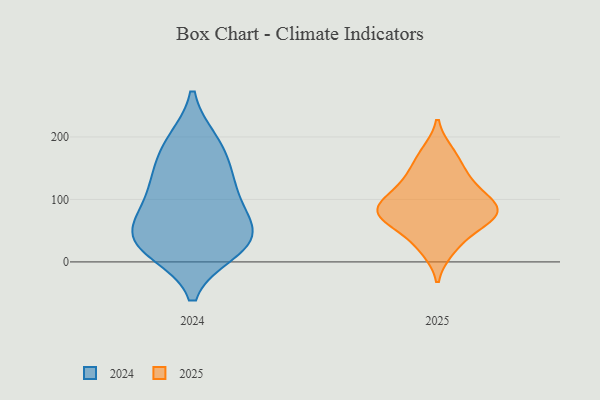
{"axis": {"x": "Humidity (%)", "y": "Value"}, "legend": ["2024", "2025"], "data": [{"x": "", "y": 33, "type": "2024"}, {"x": "", "y": 46, "type": "2024"}, {"x": "", "y": 37, "type": "2024"}, {"x": "", "y": 51, "type": "2024"}, {"x": "", "y": 77, "type": "2024"}, {"x": "", "y": 100, "type": "2024"}, {"x": "", "y": 110, "type": "2024"}, {"x": "", "y": 19, "type": "2024"}, {"x": "", "y": 191, "type": "2024"}, {"x": "", "y": 144, "type": "2024"}, {"x": "", "y": 146, "type": "2024"}, {"x": "", "y": 18, "type": "2024"}, {"x": "", "y": 193, "type": "2024"}, {"x": "", "y": 78, "type": "2025"}, {"x": "", "y": 139, "type": "2025"}, {"x": "", "y": 127, "type": "2025"}, {"x": "", "y": 87, "type": "2025"}, {"x": "", "y": 60, "type": "2025"}, {"x": "", "y": 59, "type": "2025"}, {"x": "", "y": 74, "type": "2025"}, {"x": "", "y": 20, "type": "2025"}, {"x": "", "y": 94, "type": "2025"}, {"x": "", "y": 73, "type": "2025"}, {"x": "", "y": 170, "type": "2025"}, {"x": "", "y": 100, "type": "2025"}, {"x": "", "y": 80, "type": "2025"}, {"x": "", "y": 175, "type": "2025"}, {"x": "", "y": 132, "type": "2025"}, {"x": "", "y": 97, "type": "2025"}, {"x": "", "y": 26, "type": "2025"}]}